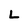
Character: L